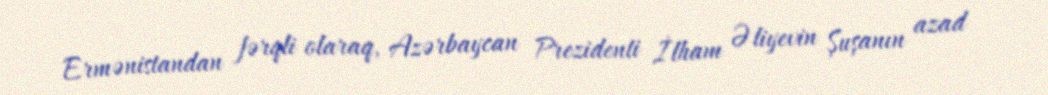
Ermənistandan fərqli olaraq, Azərbaycan Prezidenti İlham Əliyevin Şuşanın azad